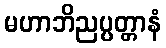
မဟာဘိညပ္ပတ္တာနံ